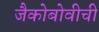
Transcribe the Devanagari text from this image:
जैकोबोवीची